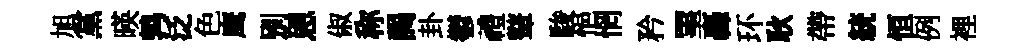
旭黨暎鹑泛色鹰别恩俶称謁卦鬱禮鼙駿悒惘矜罣轟环耿帶統恒例裡